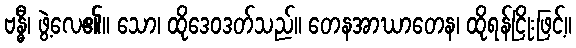
ဗန္ဓီ၊ ဖွဲ့လေ၏။ သော၊ ထိုဒေဝဒတ်သည်။ တေနအာဃာတေန၊ ထိုရန်ငြိုးဖြင့်။